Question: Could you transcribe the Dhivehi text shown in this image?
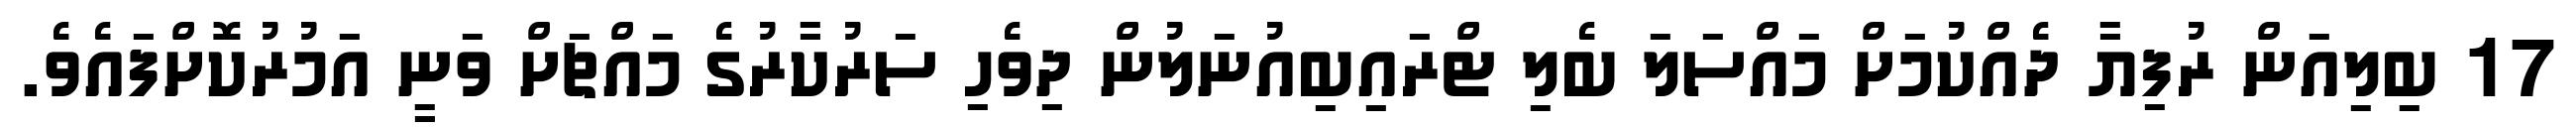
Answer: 17 ބިލިއަން ރުފިޔާ ދެއްކުމަށް މައްސަލަ ބެލި ޓްރައިބިއުނަލުން ދިވެހި ސަރުކާރުގެ މައްޗަށް ވަނީ އަމުރުކޮށްފައެވެ.